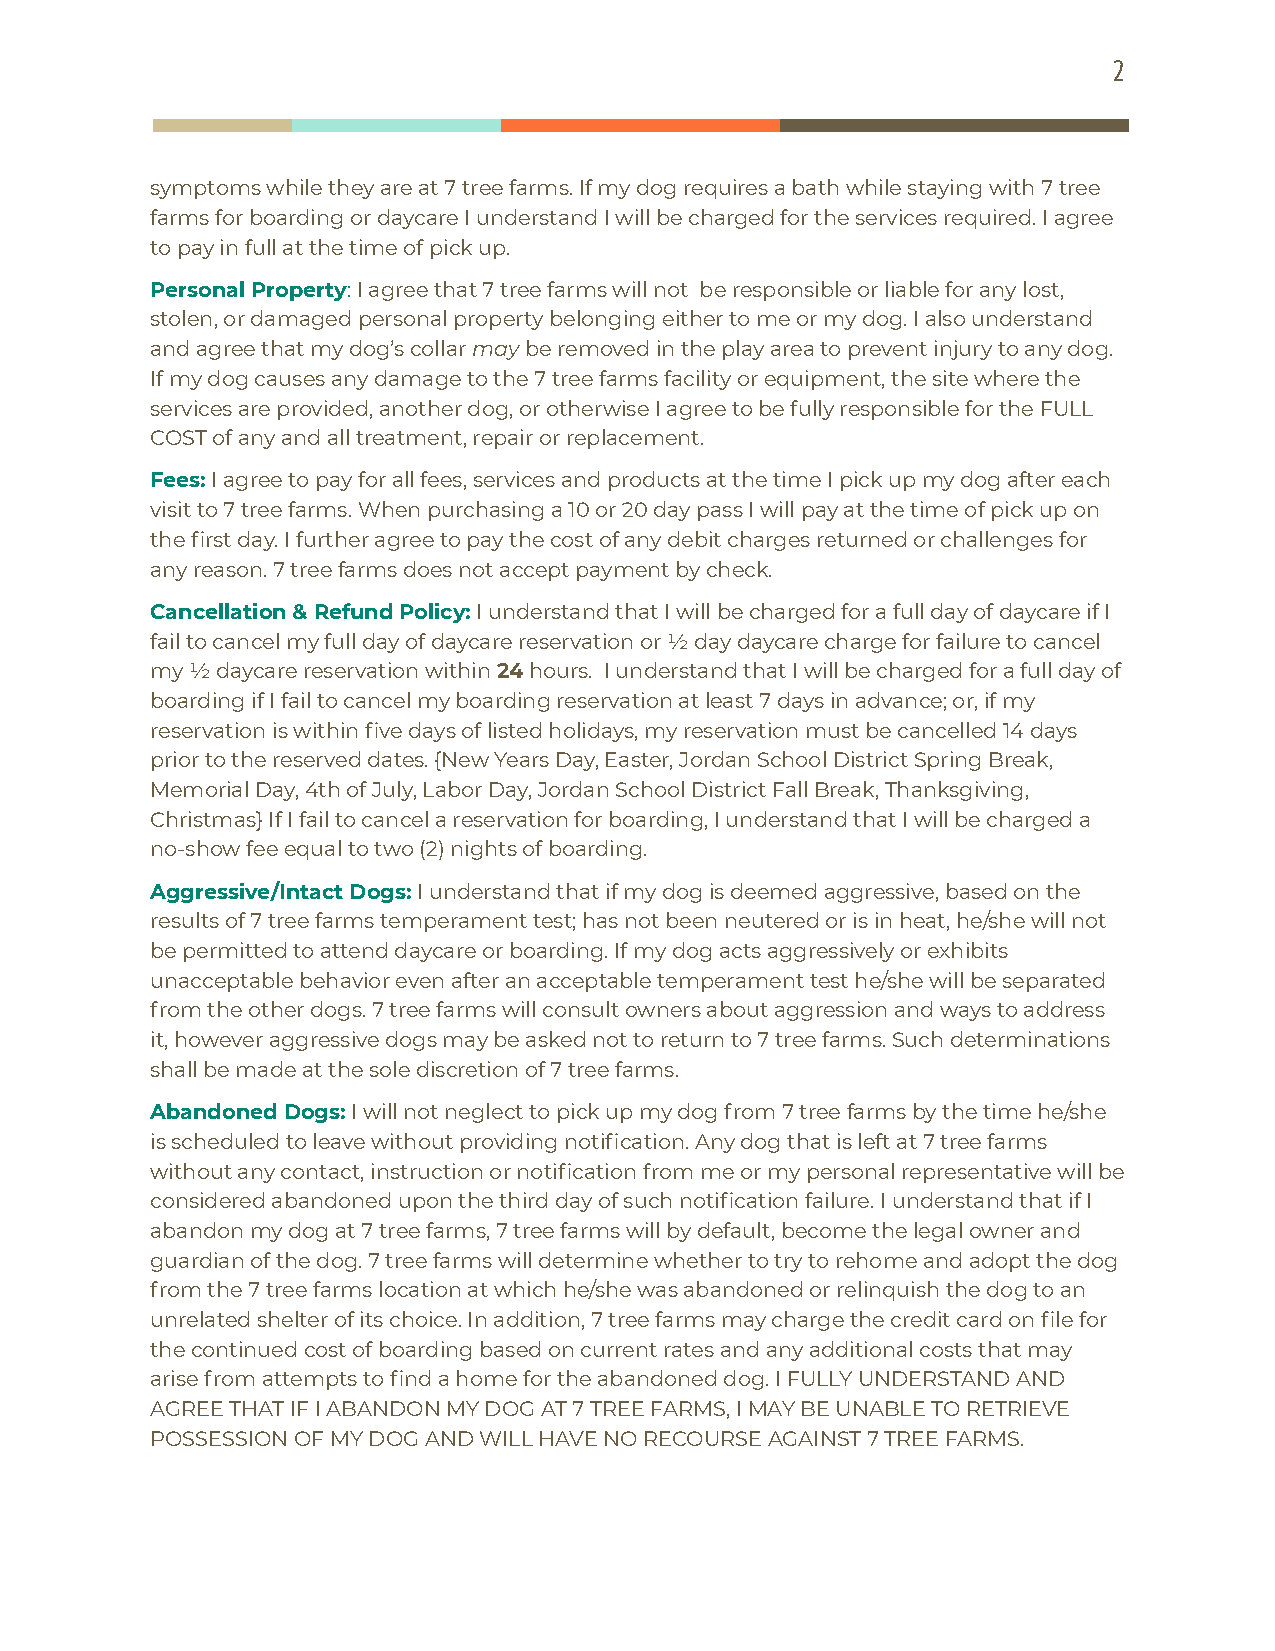
2
 symptoms while they are at 7 tree farms. If my dog requires a bath while staying with 7 tree
 farms for boarding or daycare I understand I will be charged for the services required. I agree
 to pay in full at the time of pick up.
 Personal Property:I agree that 7 tree farms willnot be responsible or liable for any lost,
 stolen, or damaged personal property belonging either to me or my dog. I also understand
 and agree that my dog’s collarmaybe removed in theplay area to prevent injury to any dog.
 If my dog causes any damage to the 7 tree farms facility or equipment, the site where the
 services are provided, another dog, or otherwise I agree to be fully responsible for the FULL
 COST of any and all treatment, repair or replacement.
 Fees:I agree to pay for all fees, services and productsat the time I pick up my dog after each
 visit to 7 tree farms. When purchasing a 10 or 20 day pass I will pay at the time of pick up on
 the first day. I further agree to pay the cost of any debit charges returned or challenges for
 any reason. 7 tree farms does not accept payment by check.
 Cancellation & Refund Policy:I understand that Iwill be charged for a full day of daycare if I
 fail to cancel my full day of daycare reservation or ½ day daycare charge for failure to cancel
 my ½ daycare reservation within24hours. I understandthat I will be charged for a full day of
 boarding if I fail to cancel my boarding reservation at least 7 days in advance; or, if my
 reservation is within five days of listed holidays, my reservation must be cancelled 14 days
 prior to the reserved dates. {New Years Day, Easter, Jordan School District Spring Break,
 Memorial Day, 4th of July, Labor Day, Jordan School District Fall Break, Thanksgiving,
 Christmas} If I fail to cancel a reservation for boarding, I understand that I will be charged a
 no-show fee equal to two (2) nights of boarding.
 Aggressive/Intact Dogs:I understand that if my dogis deemed aggressive, based on the
 results of 7 tree farms temperament test; has not been neutered or is in heat, he/she will not
 be permitted to attend daycare or boarding. If my dog acts aggressively or exhibits
 unacceptable behavior even after an acceptable temperament test he/she will be separated
 from the other dogs. 7 tree farms will consult owners about aggression and ways to address
 it, however aggressive dogs may be asked not to return to 7 tree farms. Such determinations
 shall be made at the sole discretion of 7 tree farms.
 Abandoned Dogs:I will not neglect to pick up my dogfrom 7 tree farms by the time he/she
 is scheduled to leave without providing notification. Any dog that is left at 7 tree farms
 without any contact, instruction or notification from me or my personal representative will be
 considered abandoned upon the third day of such notification failure. I understand that if I
 abandon my dog at 7 tree farms, 7 tree farms will by default, become the legal owner and
 guardian of the dog. 7 tree farms will determine whether to try to rehome and adopt the dog
 from the 7 tree farms location at which he/she was abandoned or relinquish the dog to an
 unrelated shelter of its choice. In addition, 7 tree farms may charge the credit card on file for
 the continued cost of boarding based on current rates and any additional costs that may
 arise from attempts to find a home for the abandoned dog. I FULLY UNDERSTAND AND
 AGREE THAT IF I ABANDON MY DOG AT 7 TREE FARMS, I MAY BE UNABLE TO RETRIEVE
 POSSESSION OF MY DOG AND WILL HAVE NO RECOURSE AGAINST 7 TREE FARMS.